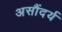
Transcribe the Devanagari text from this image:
असौंदर्य